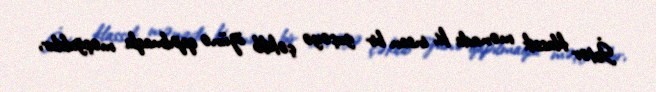
İstər klassik mənada ki, insan bir guşəyə çəkilib özünə qapılmaqla məşğuldur,